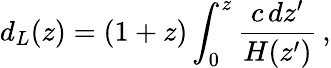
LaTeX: d_{L}(z)=(1+z)\int_{0}^{z}\frac{c\, dz^{\prime}}{H(z^{\prime})}\, ,